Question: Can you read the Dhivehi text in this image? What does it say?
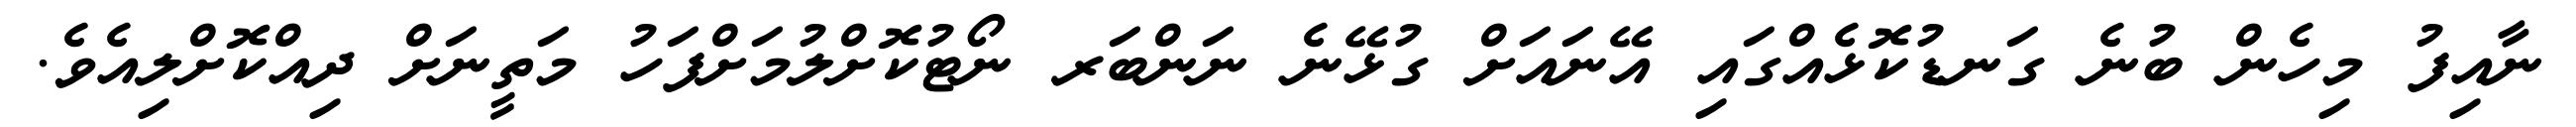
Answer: ނާއިފު މިހެން ބުނެ ގަނޑުކޮޅެއްގައި އޭނައަށް ގުޅޭނެ ނަންބަރ ނޯޓުކޮށްލުމަށްފަހު މަތީނަށް ދިއްކޮށްލިއެވެ.